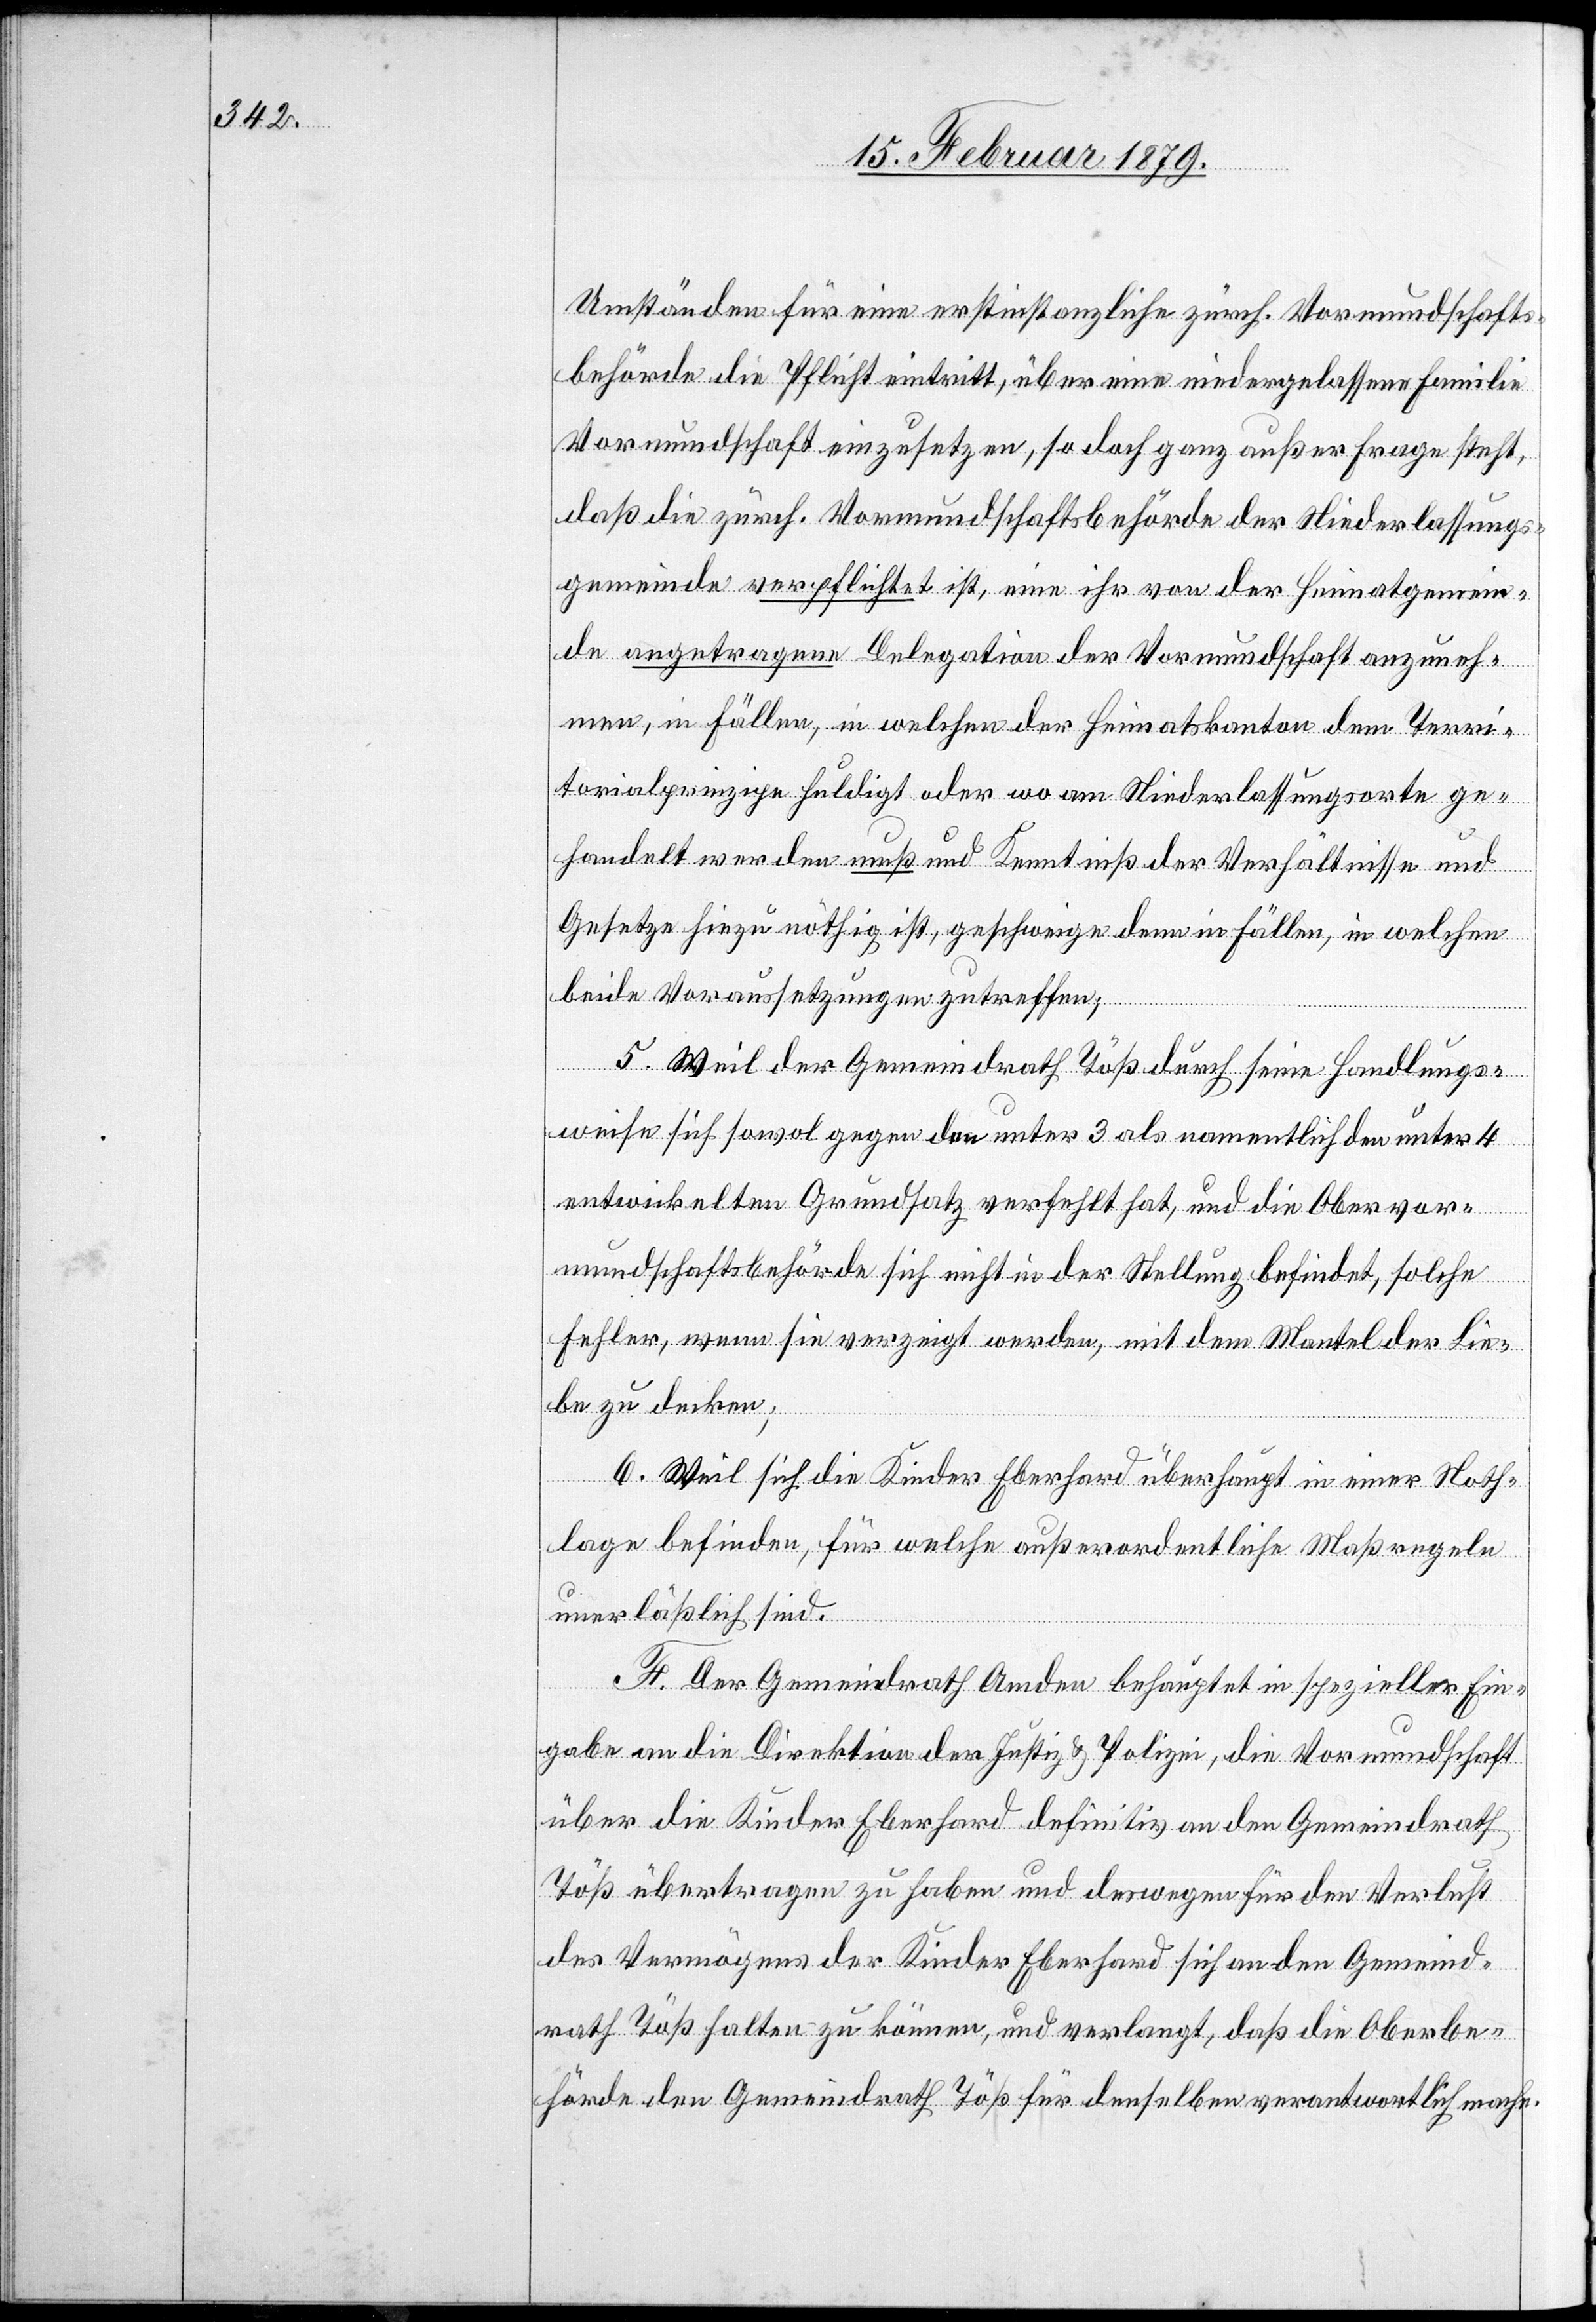
Umständen für eine erstinstanzliche zürch. Vormundschafts¬
behörde die Pflicht eintritt, über eine niedergelassene Familie
Vormundschaft einzusetzen, so doch ganz außer Frage steht,
daß die zürch. Vormundschaftsbehörde der Niederlassungs¬
gemeinde verpflichtet ist, eine ihr von der Heimatgemein¬
de angetragene Delegation der Vormundschaft anzuneh¬
men, in Fällen, in welchen der Heimatskanton dem Terri¬
torialprinzipe huldigt oder wo am Niederlassungsorte ge¬
handelt werden muß und Kenntniß der Verhältnisse und
Gesetze hiezu nöthig ist, geschweige denn in Fällen, in welchen
beide Voraussetzungen zutreffen;
5. Weil der Gemeindrath Töß durch seine Handlungs¬
weise sich sowol gegen den unter 3 als namentlich unter 4
entwickelten Grundsatz verfehlt hat, und die Obervor¬
mundschaftsbehörde sich nicht in der Stellung befindet, solche
Fehler, wenn sie verzeigt werden, mit dem Mantel der Lie¬
be zu decken;
6. Weil sich die Kinder Eberhard überhaupt in einer Noth¬
lage befinden, für welche außerordentliche Maßregeln
unerläßlich sind.
F. Der Gemeindrath Amden behauptet in spezieller Ein¬
gabe an die Direktion der Justiz & Polizei, die Vormundschaft
über die Kinder Eberhard definitiv an den Gemeindrath
Töß übertragen zu haben und deswegen für den Verlust
des Vermögens der Kinder Eberhard sich an den Gemeind¬
rath Töß halten zu können, und verlangt, daß die Oberbe¬
hörde den Gemeindrath Töß für denselben verantwortlich mache.